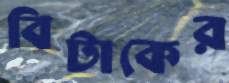
বিটাকের